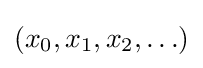
\left(x_{0},x_{1},x_{2},\ldots \right)